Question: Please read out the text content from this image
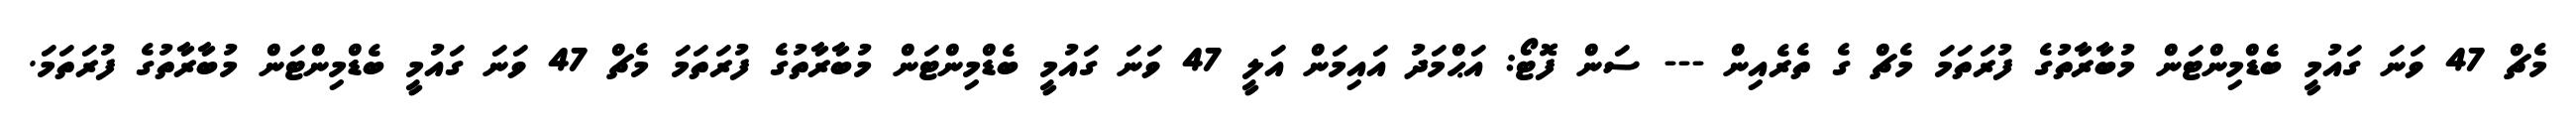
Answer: މެޗް 47 ވަނަ ގައުމީ ބެޑްމިންޓަން މުބާރާތުގެ ފުރަތަމަ މެޗް ގެ ތެރެއިން --- ސަން ފޮޓޯ: އަޙްމަދު އައިމަން އަލީ 47 ވަނަ ގައުމީ ބެޑްމިންޓަން މުބާރާތުގެ ފުރަތަމަ މެޗް 47 ވަނަ ގައުމީ ބެޑްމިންޓަން މުބާރާތުގެ ފުރަތަމަ.